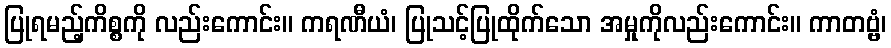
ပြုရမည့်ကိစ္စကို လည်းကောင်း။ ကရဏီယံ၊ ပြုသင့်ပြုထိုက်သော အမှုကိုလည်းကောင်း။ ကာတဗ္ဗံ၊